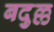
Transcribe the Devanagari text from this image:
बदुल्ल